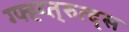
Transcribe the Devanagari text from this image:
ग्फ्ह्य्त्रुत्द्स